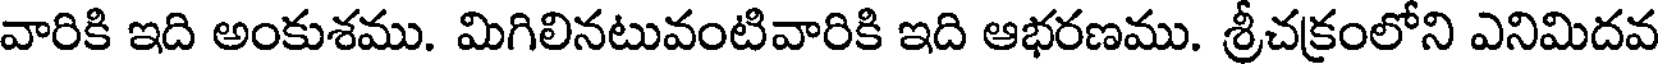
వారికి ఇది అంకుశము. మిగిలినటువంటివారికి ఇది ఆభరణము. శ్రీచక్రంలోని ఎనిమిదవ